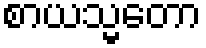
စာယသ္မတော